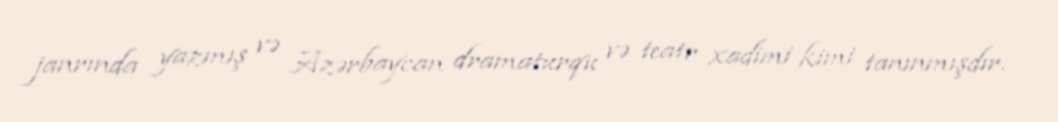
janrında yazmış və Azərbaycan dramaturqu və teatr xadimi kimi tanınmışdır.